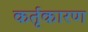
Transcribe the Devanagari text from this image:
कर्तृकारण